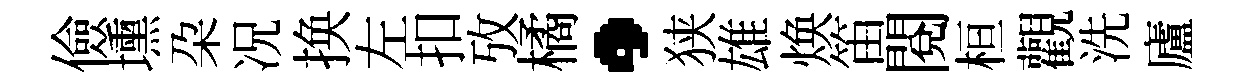
儉壎朶况换左扣攷橘·狭雄焕笛閱桓觀洗廬